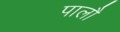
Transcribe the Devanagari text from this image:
पालौ